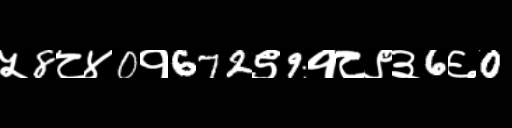
Text: ५8८४0१672९9१८९३6६0